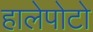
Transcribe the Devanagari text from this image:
हालेपोटो